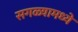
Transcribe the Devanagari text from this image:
सगळ्यामध्ये